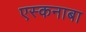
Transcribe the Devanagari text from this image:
एस्कनाबा